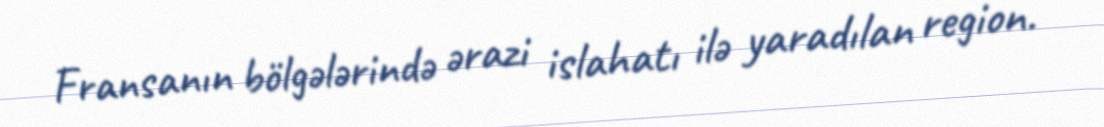
Fransanın bölgələrində ərazi islahatı ilə yaradılan region.